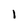
Character: 1